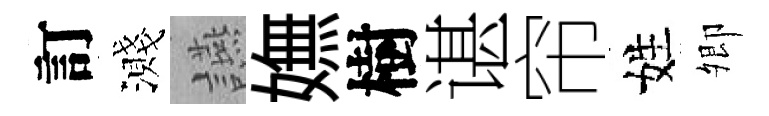
訂濺讌嫵樹谌帘姓𡖖